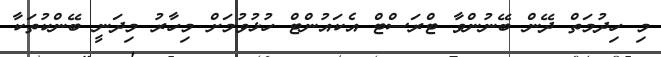
މި ހިދުމަތް ދޭން ބޭނުންވާ ޓްރަސްޓް އެކައުންޓް ހުޅުވުމަށް މިހާރު މިދަނީ ބޭންކުތަކާ